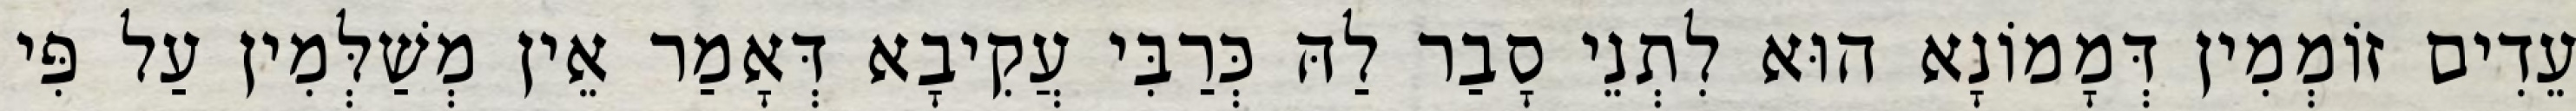
עֵדִים זוֹמְמִין דְּמָמוֹנָא הוּא לִתְנֵי סָבַר לַהּ כְּרַבִּי עֲקִיבָא דְּאָמַר אֵין מְשַׁלְּמִין עַל פִּי